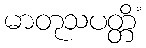
မာတုသပတ္တိံ